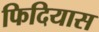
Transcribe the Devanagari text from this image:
फिदियास